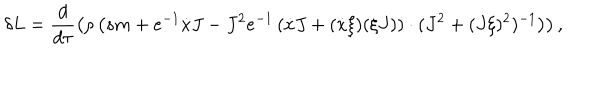
\delta L = \frac { d } { d \tau } \left( \rho \left( s m + e ^ { - 1 } \dot { x } J - J ^ { 2 } e ^ { - 1 } \left( \dot { x } J + ( \dot { x } \xi ) ( \xi J ) \right) \cdot ( J ^ { 2 } + ( J \xi ) ^ { 2 } ) ^ { - 1 } \right) \right) ,